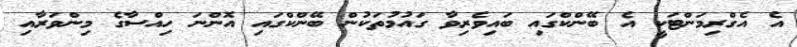
އެ އެގްރިމަންޓަކީ އެ ބޭންކްގައި ބައިވެރިވާ ގައުމުތަކުން ބޭންކްގައި އޮންނަ ހިއްސާގެ މިންވަރާއި